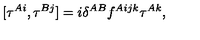
[ \tau ^ { A i } , \tau ^ { B j } ] = i \delta ^ { A B } f ^ { A i j k } \tau ^ { A k } ,